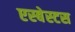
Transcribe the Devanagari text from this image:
एस्‍बेस्‍टस